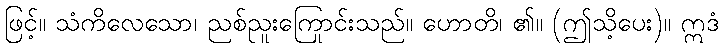
ဖြင့်။ သံကိလေသော၊ ညစ်ညူးကြောင်းသည်။ ဟောတိ၊ ၏။ (ဤသို့ပေး)။ ဣဒံ